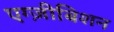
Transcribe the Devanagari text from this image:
एग्ज़ीबिशन